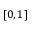
[ 0 , 1 ]